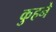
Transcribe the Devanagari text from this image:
कुहने